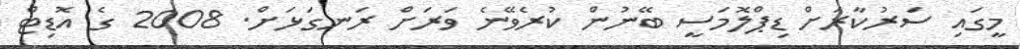
މީގައި ސަރުކާރަށް ޑިޕްލޮމަސީ ބޭނުން ކުރެވޭނެ ވަރަށް ރަނގަޅަށް. 2008 ގެ އޮޑިޓް